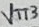
Text: VTT3